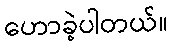
ဟောခဲ့ပါတယ်။